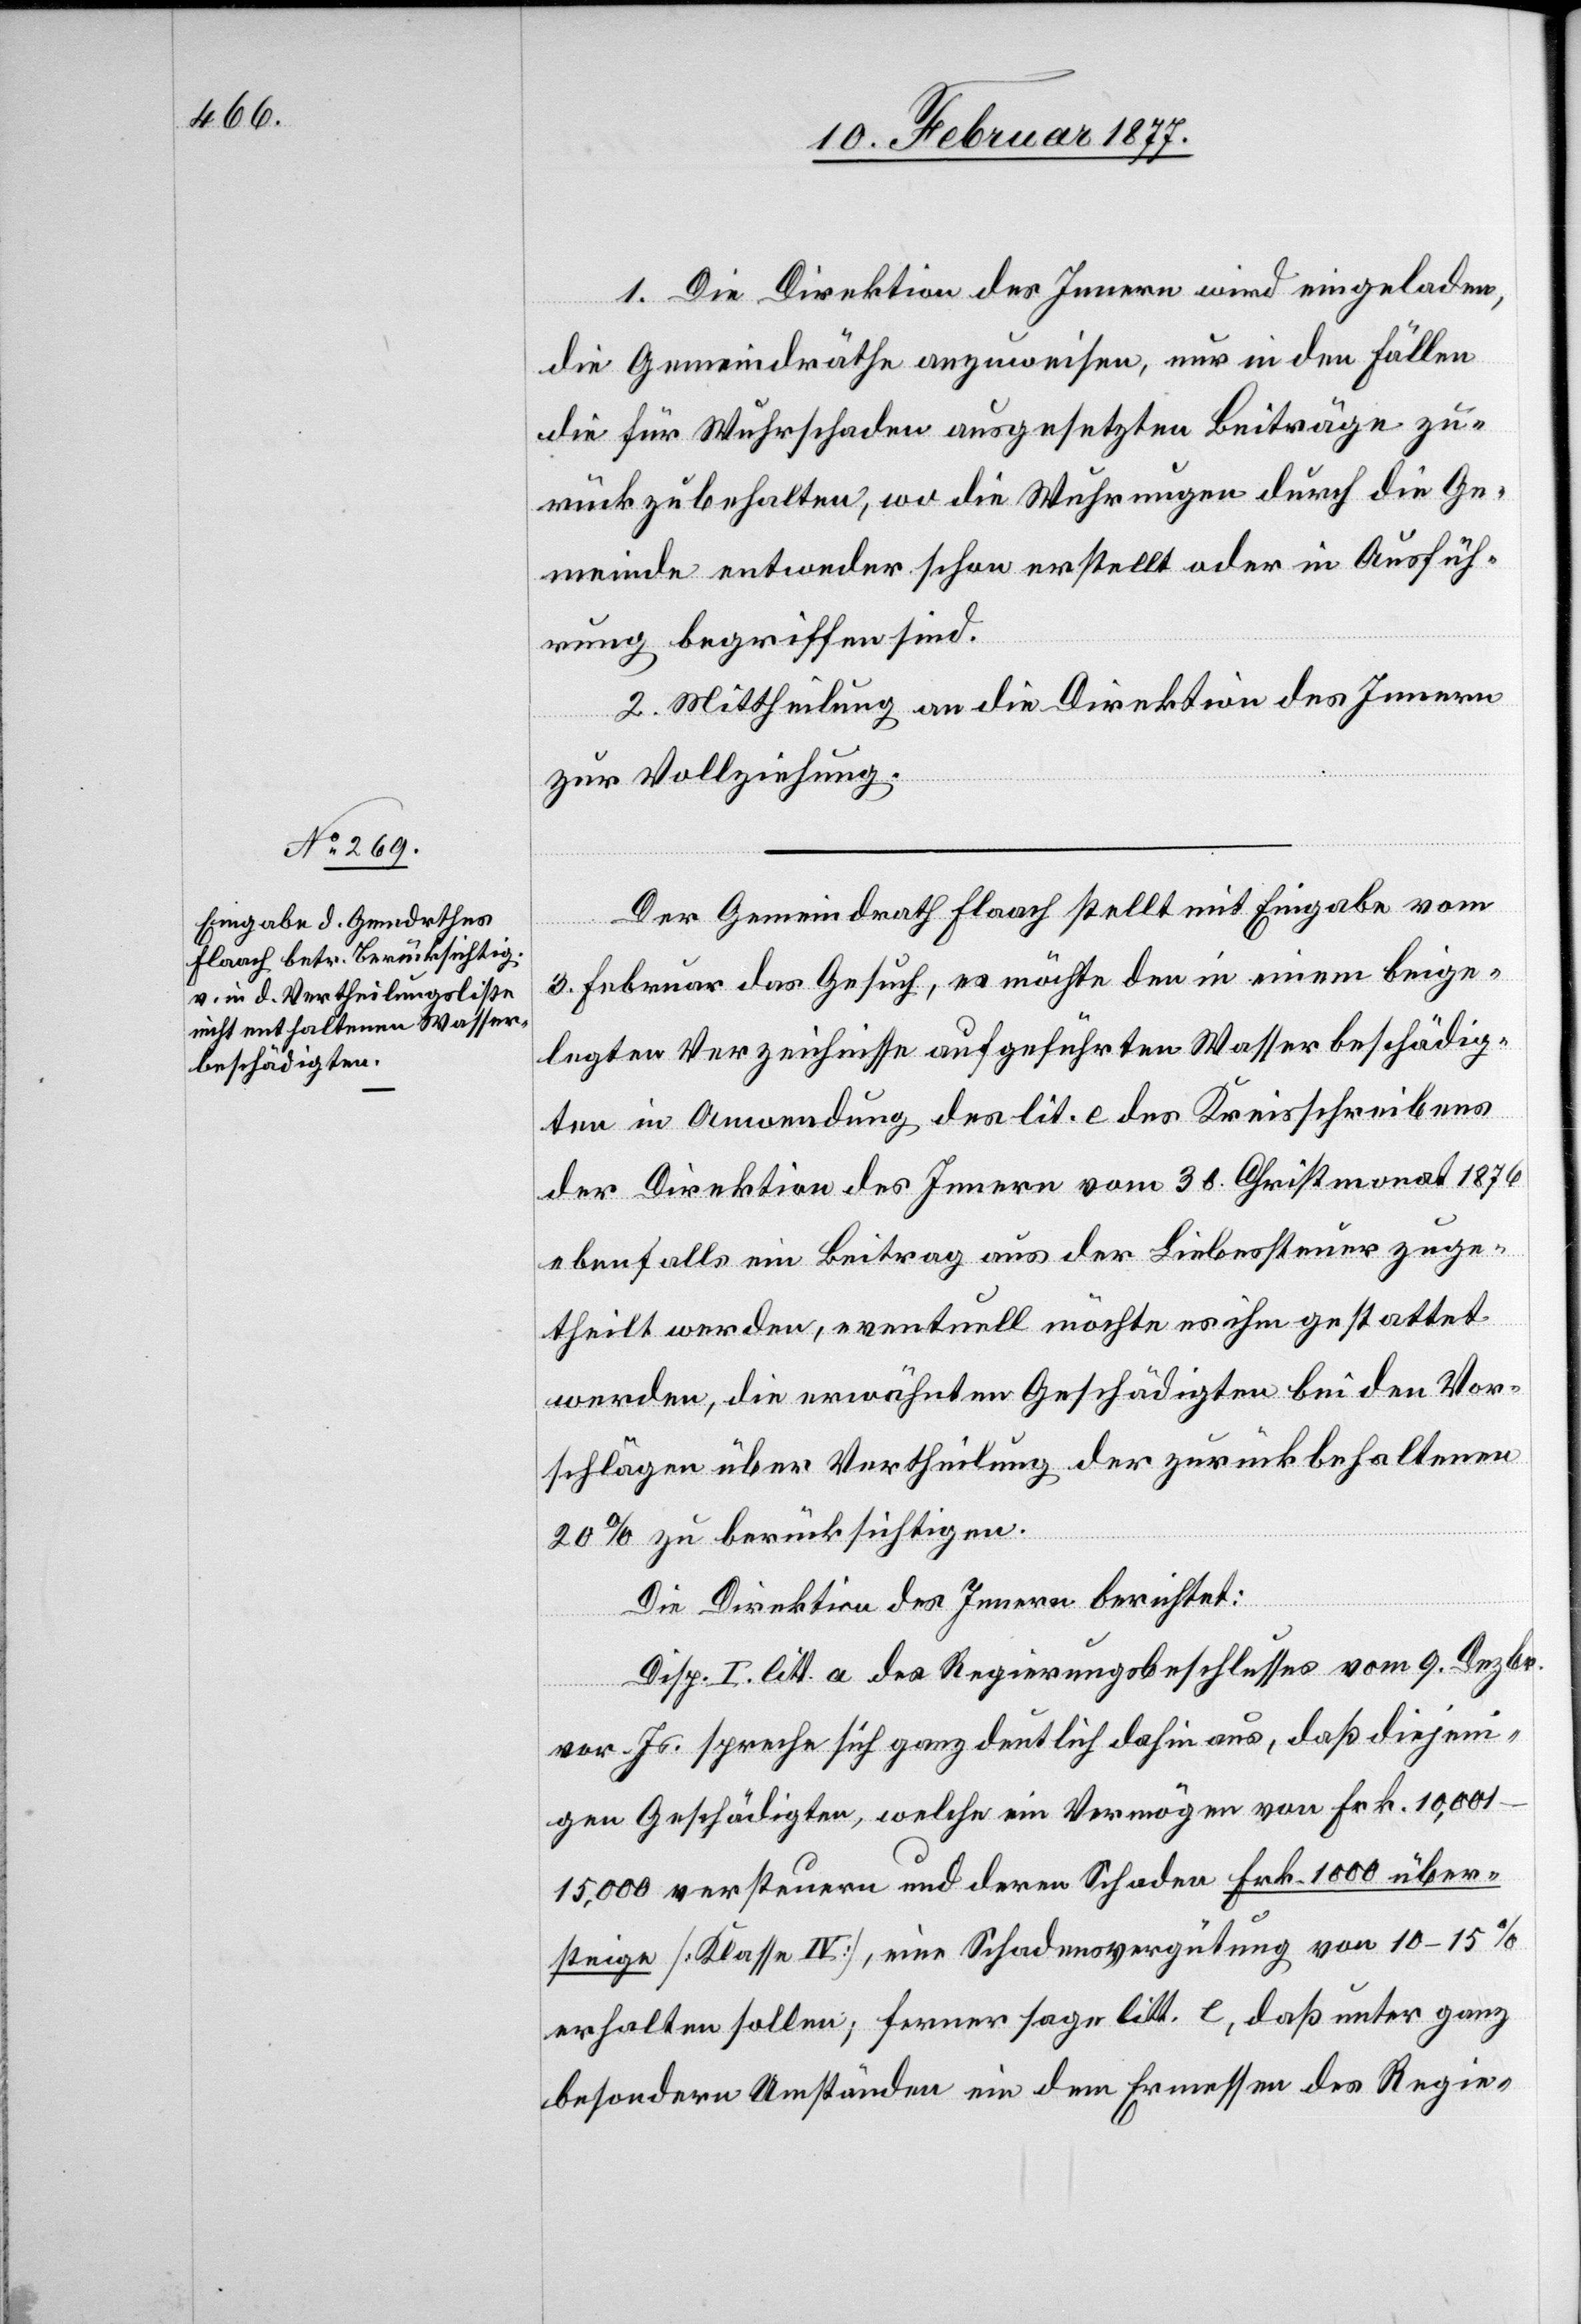
1. Die Direktion des Innern wird eingeladen,
die Gemeindräthe anzuweisen, nur in den Fällen
die für Wuhrschaden ausgesetzten Beiträge zu¬
rückzubehalten, wo die Wuhrungen durch die Ge¬
meinde entweder schon erstellt oder in Ausfüh¬
rung begriffen sind.
2. Mittheilung an die Direktion des Innern
über¬
zur Vollziehung.
Der Gemeindrath Flaach stellt mit Eingabe vom
3. Februar das Gesuch, es möchte den in einem beige¬
legten Verzeichnisse aufgeführten Wasserbeschädig¬
ten in Anwendung des lit. e des Kreisschreibens
der Direktion des Innern vom 30. Christmonat 1876
ebenfalls ein Beitrag aus der Liebessteuer zuge¬
theilt werden, eventuell möchte es ihm gestattet
werden, die erwähnten Geschädigten bei den Vor¬
schlägen über Vertheilung der zurückbehaltenen
20% zu berücksichtigen.
Die Direktion des Innern berichtet:
Disp. I. litt. a des Regierungsbeschlusses vom 9. Dezbr.
vor. Js. spreche sich ganz deutlich dahin aus, daß diejeni¬
gen Geschädigten, welche ein Vermögen von Frk. 10,001–15,000
steige [Klasse IV], eine Schadensvergütung von 10–15%
erhalten sollen; ferner sage litt. e, daß unter ganz
besondern Umständen ein dem Ermessen des Regie-